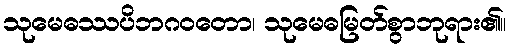
သုမေဓဿပိဘဂဝတော၊ သုမေဓမြတ်စွာဘုရား၏။